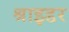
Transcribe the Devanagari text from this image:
श्राइडर